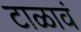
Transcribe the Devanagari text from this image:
टाळावं